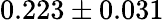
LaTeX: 0.223\pm 0.031